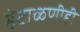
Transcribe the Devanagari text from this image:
हेटाळणीही